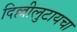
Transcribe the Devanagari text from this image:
दिल्लीलुटायचा